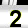
Digit: 2